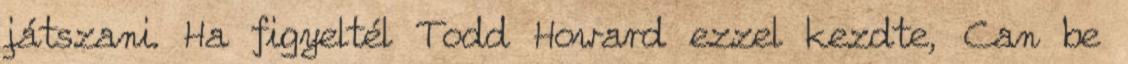
játszani. Ha figyeltél Todd Howard ezzel kezdte, Can be